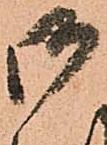
御